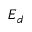
E _ { d }